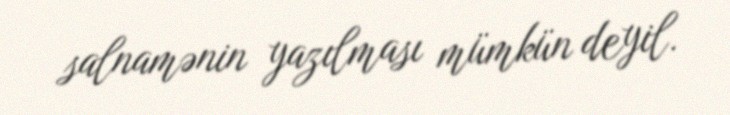
salnamənin yazılması mümkün deyil.